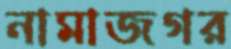
নামাজগর